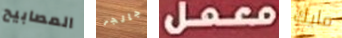
المصابيح جالجر معمل مايك